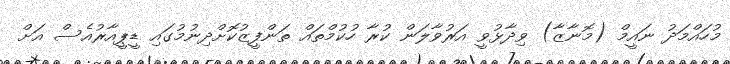
މުހައްމަދު ނައީމް (މޮނާޒާ) ވިދާޅުވީ އަރުވާލަން ކުރާ ހުކުމްތައް ތަންފީޒުކޮށްދިނުމުގައި ޑީޕީއާރުއެސް އަށް